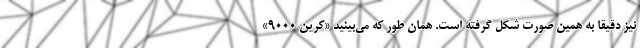
نیز دقیقا به همین صورت شکل گرفته است. همان طور که می‌بینید «کرین 9000»